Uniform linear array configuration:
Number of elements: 8
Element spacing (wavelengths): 1
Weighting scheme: cosine
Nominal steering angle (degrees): -15
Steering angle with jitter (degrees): -13.468
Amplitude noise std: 0.05
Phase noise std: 0.05

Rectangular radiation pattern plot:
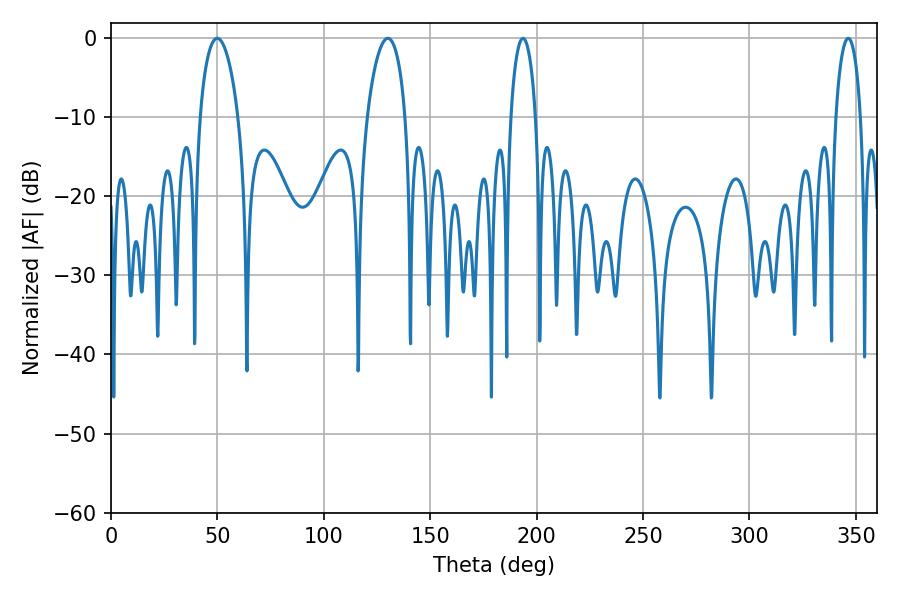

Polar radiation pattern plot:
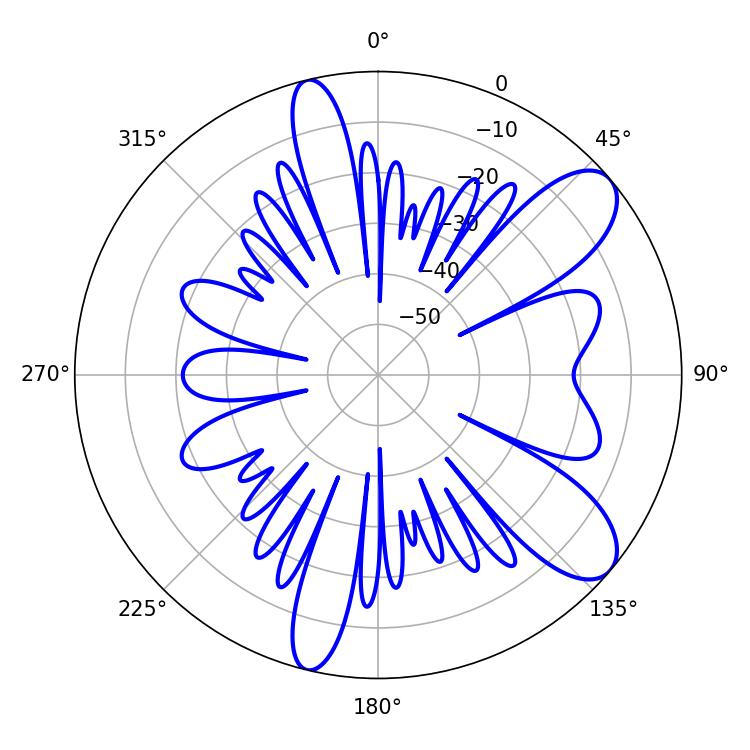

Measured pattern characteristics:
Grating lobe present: TRUE
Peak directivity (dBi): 9.21
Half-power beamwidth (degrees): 10.26
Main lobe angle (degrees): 49.86